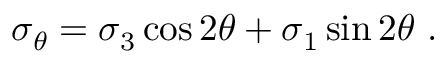
\sigma _ { \theta } = \sigma _ { 3 } \cos 2 \theta + \sigma _ { 1 } \sin 2 \theta ~ .